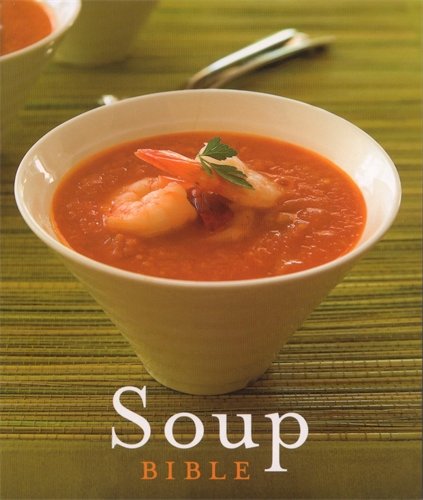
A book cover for Soup Bible; Margaret Barca; Cookbooks, Food & Wine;